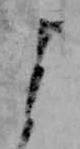
よ